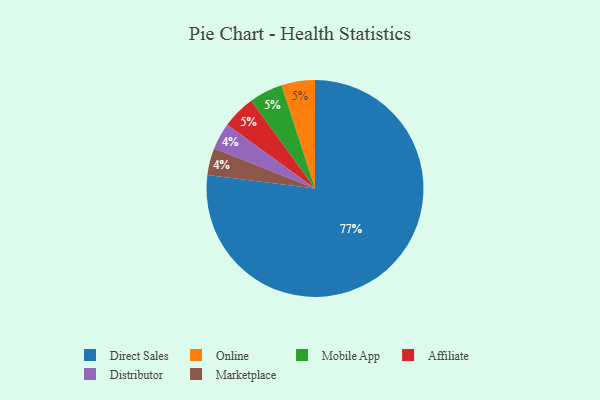
{"axis": {"x": "Category", "y": "Percentage"}, "legend": ["Affiliate", "Direct Sales", "Distributor", "Marketplace", "Mobile App", "Online"], "data": [{"x": "Online", "y": 5, "type": "Online"}, {"x": "Mobile App", "y": 5, "type": "Mobile App"}, {"x": "Distributor", "y": 4, "type": "Distributor"}, {"x": "Marketplace", "y": 4, "type": "Marketplace"}, {"x": "Affiliate", "y": 5, "type": "Affiliate"}, {"x": "Direct Sales", "y": 77, "type": "Direct Sales"}]}